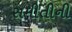
સમીતીની